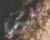
الى